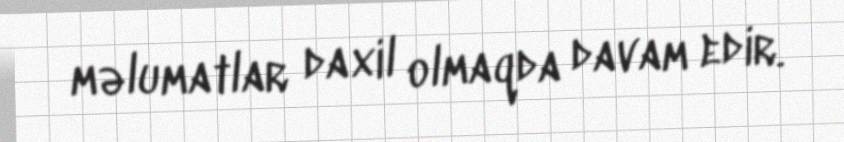
məlumatlar daxil olmaqda davam edir.